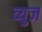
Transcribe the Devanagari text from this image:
व्युज